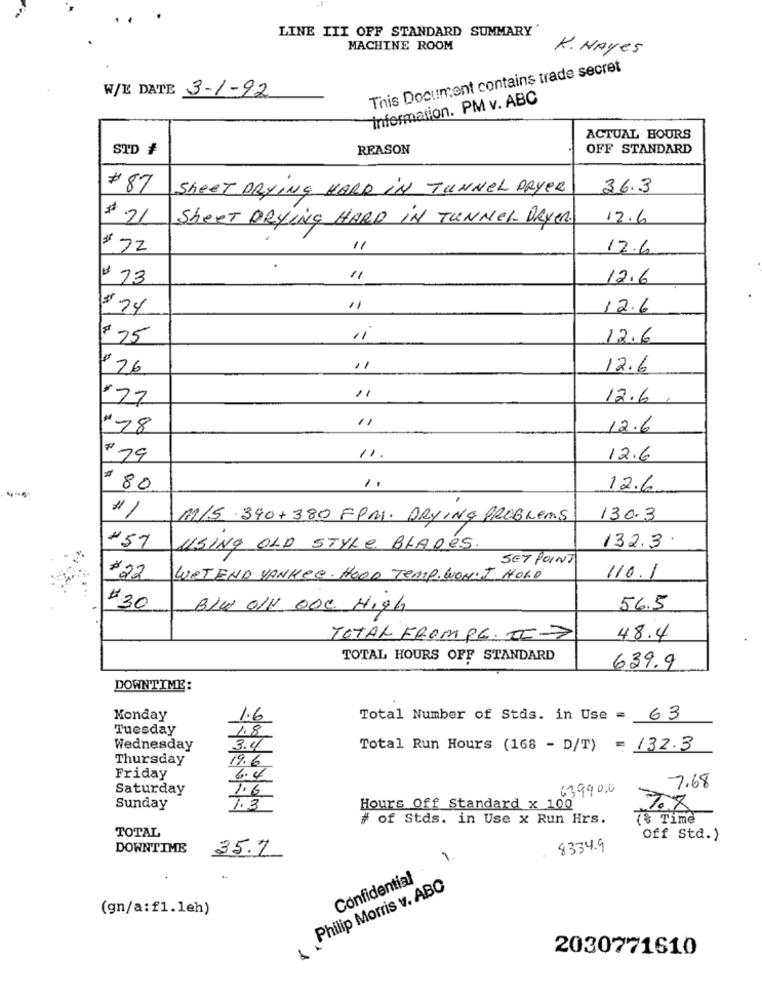
LINE III OFF STANDARD SUMMARY'
MACHINE ROOM
K. NAYes
This Document contains trade secret
W/E DATE 3-1-92
information. PM v. ABC
ACTUAL HOURS
STD #
REASON
OFF STANDARD
#87
SheET DRYING HARD IN TUNNEL DRYER
36.3
$ 21
Sheet DRYING HARD IN TUNNEL DRYER.
12.6
# 72
11
12.6
# 73
12.6
$24
12.6
1ª 25
12.6
#26
12.6
.72
12.6
# 18
12.6
# 79
11.
12.6
$ 80
12.6
M/S .390+380 FPM. DRYING PROBLEMS
130-3
#57
USING OLD STYLE BLADES.
132.3
SET POINT
#22
LUETEND YANKEE. HOOD Temp. WON: I Horo
110.1
#30
Blu OIK ODe High
56.5
TOTAL FROMPC. II->
48.4
TOTAL HOURS OFF STANDARD
639.9
DOWNTIME:
Monday
1.6
Total Number of Stds. in Use = 63
Tuesday
1.8
Wednesday
3.4
Total Run Hours (168 - D/T) = 132.3
Thursday
19.6
Friday
6.4
7.68
Saturday
7.6
63990.0
Sunday
1.3
Hours Off Standard x 100
# of Stds. in Use x Run Hrs.
(% Time
TOTAL
Off Std.)
DOWNTIME
35.7
8334.9
1
Confidential
Philip Morris v. ABC
(gn/a:f1.leh)
2030771610